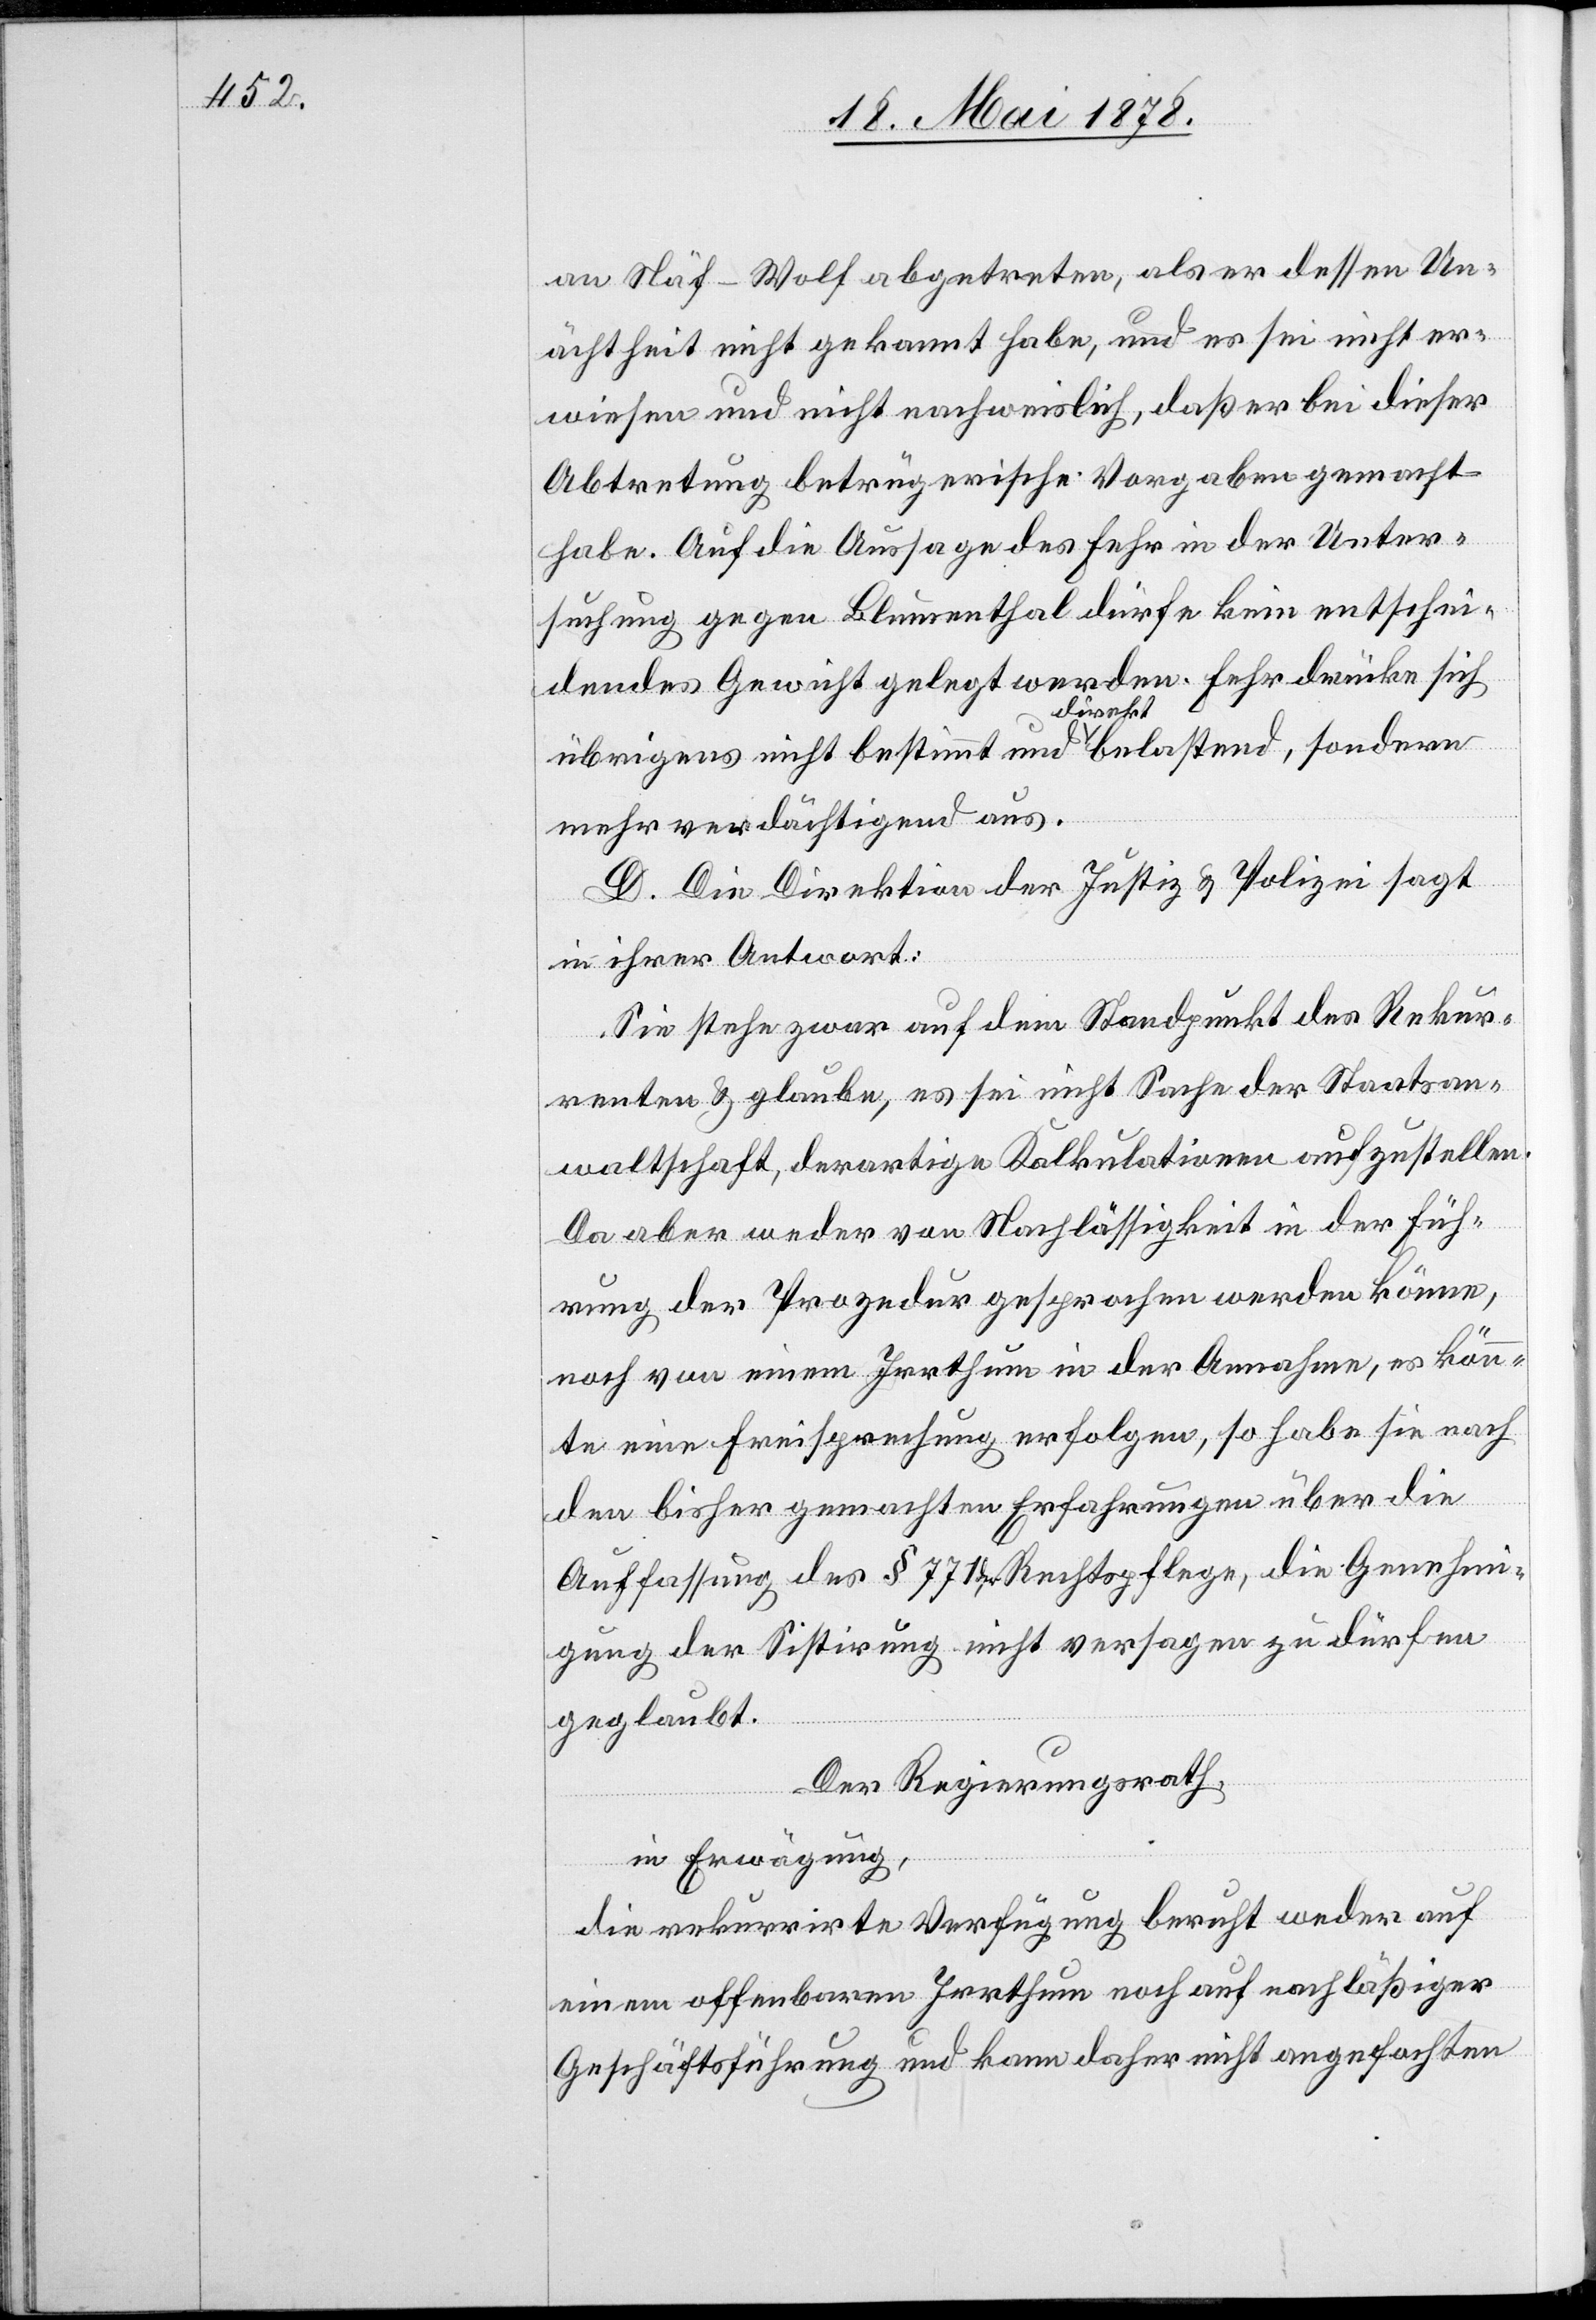
an Näf-Wolf abgetreten, als er dessen Un¬
ächtheit nicht gekannt habe, und es sei nicht er¬
wiesen und nicht nachweislich, daß er bei dieser
Abtretung betrügerische Vorgaben gemacht
habe. Auf die Aussage des Fehr in der Unter¬
suchung gegen Blumenthal dürfe kein entschei¬
dendes Gewicht gelegt werden. Fehr drücke sich
übrigens nicht bestimmt und direkt belastend, sondern
mehr verdächtigend aus.
D. Die Direktion der Justiz & Polizei sagt
in ihrer Antwort:
Sie stehe zwar auf dem Standpunkt des Rekur¬
renten & glaube, es sei nicht Sache der Staatsan¬
waltschaft, derartige Kalkulationen aufzustellen.
Da aber weder von Nachlässigkeit in der Füh¬
rung der Prozedur gesprochen werden könne,
noch von einem Irrthum in der Annahme, es könn¬
te eine Freisprechung erfolgen, so habe sie nach
den bisher gemachten Erfahrungen über die
Auffassung des § 771 der Rechtspflege, die Genehmi¬
gung der Sistirung nicht versagen zu dürfen
geglaubt.
Der Regierungsrath,
in Erwägung,
die rekurrirte Verfügung beruht weder auf
einem offenbaren Irrthum noch auf nachlässiger
Geschäftsführung und kann daher nicht angefochten